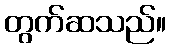
တွက်ဆသည်။